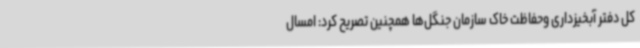
کل دفتر آبخیزداری وحفاظت خاک سازمان جنگل‌ها همچنین تصریح کرد: امسال